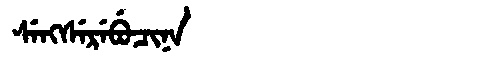
Manchu: ᠰᡝᠩᠰᡝᡵᡝᠪᡠᠴᡳᠨᠠ
Romanization: SENGSEREBUCINA